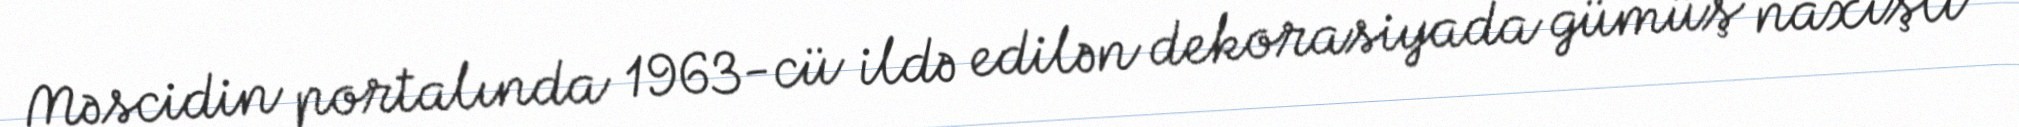
Məscidin portalında 1963-cü ildə edilən dekorasiyada gümüş naxışlı